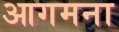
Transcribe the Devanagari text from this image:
आगमना